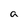
Character: a